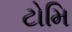
ટોમિ